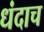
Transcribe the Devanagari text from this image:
धंदाच